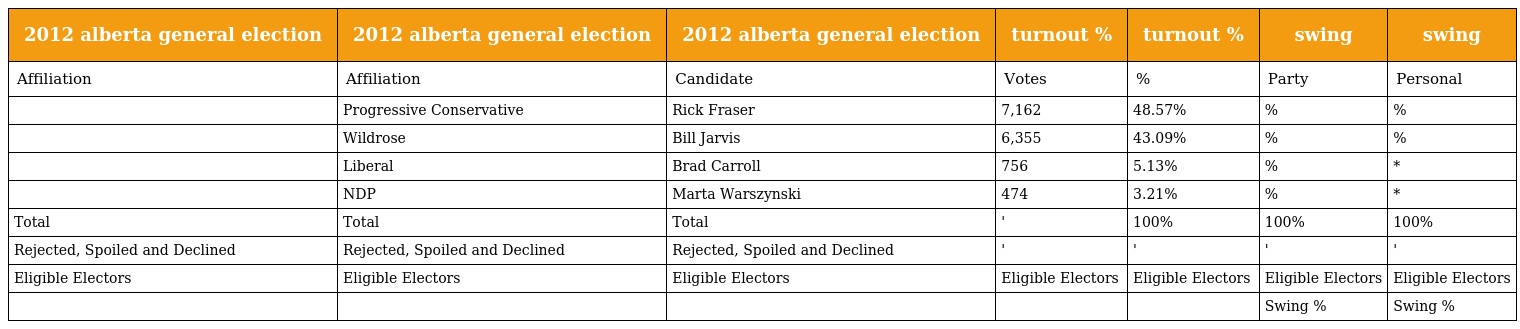
| 2012 alberta general election | 2012 alberta general election | 2012 alberta general election | turnout % | turnout % | swing | swing |
 | --- | --- | --- | --- | --- | --- | --- |
 | Affiliation | Affiliation | Candidate | Votes | % | Party | Personal |
 |  | Progressive Conservative | Rick Fraser | 7,162 | 48.57% | % | % |
 |  | Wildrose | Bill Jarvis | 6,355 | 43.09% | % | % |
 |  | Liberal | Brad Carroll | 756 | 5.13% | % | * |
 |  | NDP | Marta Warszynski | 474 | 3.21% | % | * |
 | Total | Total | Total | ' | 100% | 100% | 100% |
 | Rejected, Spoiled and Declined | Rejected, Spoiled and Declined | Rejected, Spoiled and Declined | ' | ' | ' | ' |
 | Eligible Electors | Eligible Electors | Eligible Electors | Eligible Electors | Eligible Electors | Eligible Electors | Eligible Electors |
 |  |  |  |  |  | Swing % | Swing % |